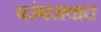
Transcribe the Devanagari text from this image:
परंपरावाद